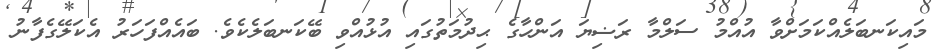
މައިކަނބަލެއްކަމަށްވާ އުއްމު ސަލްމާ ރަޟިޔަ އަންހާގެ ޙިދުމަތުގައި އުޅުއްވި ބޭކަނބަލެކެވެ. ބައެއްފަހަރު އެކަލޭގެފާނު